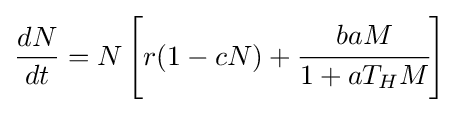
{\frac {dN}{dt}}=N\left[r(1-cN)+{\cfrac {baM}{1+aT_{H}M}}\right]